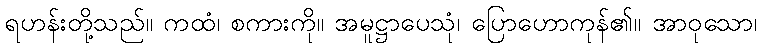
ရဟန်းတို့သည်။ ကထံ၊ စကားကို။ အမူဋ္ဌာပေသုံ၊ ပြောဟောကုန်၏။ အာဝုသော၊